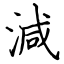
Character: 減